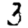
Digit: 3